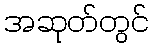
အဆုတ်တွင်